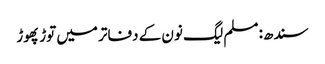
سندھ: مسلم لیگ نون کے دفاتر میں توڑ پھوڑ